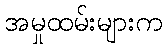
အမှုထမ်းများက